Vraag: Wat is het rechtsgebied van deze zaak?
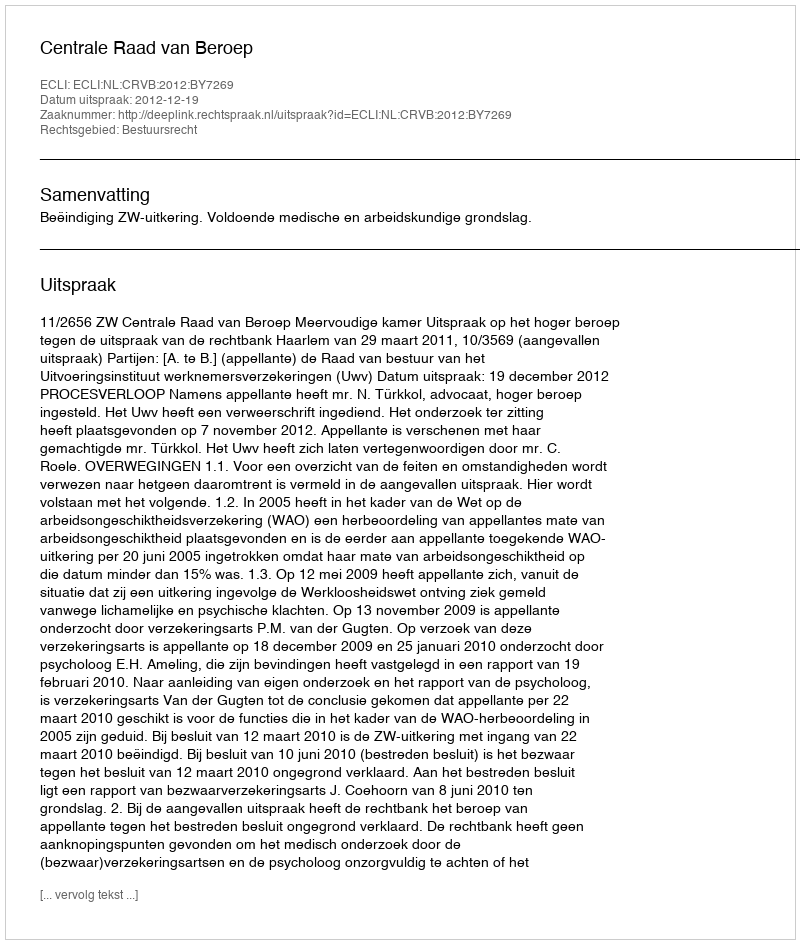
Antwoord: Bestuursrecht